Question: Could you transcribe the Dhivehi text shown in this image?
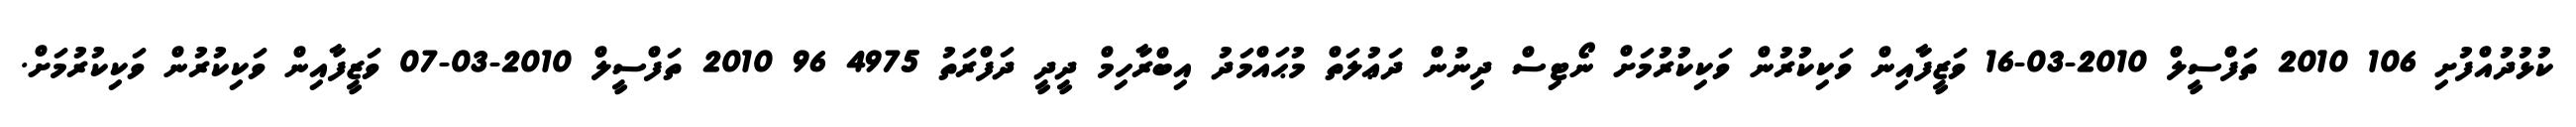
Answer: ކުޅުދުއްފުށި 106 2010 ތަފްސީލް 2010-03-16 ވަޒީފާއިން ވަކިކުރުން ވަކިކުރުމަށް ނޯޓިސް ދިނުން ދަޢުލަތް މުޙައްމަދު އިބްރާހިމް ދީދީ ދަފްރަތު 4975 96 2010 ތަފްސީލް 2010-03-07 ވަޒީފާއިން ވަކިކުރުން ވަކިކުރުމަށް.